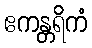
ဧကန္တရိကံ